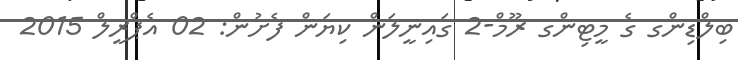
ބިލްޑިންގ ގެ މީޓިންގ ރޫމް-2 ގައިނީލަން ކިޔަން ފެށުން: 02 އެޕްރީލް 2015